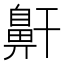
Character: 鼾